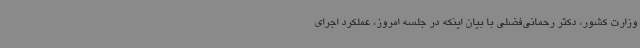
وزارت کشور، دکتر رحمانی‌فضلی با بیان اینکه در جلسه امروز، عملکرد اجرای